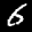
Label: 6